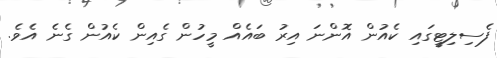
ފެސިލިޓީގައި ކެއުން އޮންނަ އިރު ބައެއް މީހުން ގެއިން ކެއުން ގެނެ އެވެ.